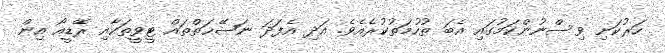
ހަރުކަށި ވިސްނުންކަމުގައި އެބަ ތުހުމަތުކުރެއެވެ. އަދި އެފަދަ ނަޞޭޙަތްތައް ޓީވީތަކާއި ރޭޑީއޯ އިން